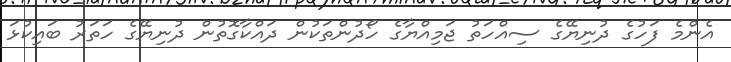
އެންމެ ފަހުގެ ދުނިޔޭގެ ސިއްހަތު ޖަމިއްޔާގެ ހޯދުންތަކުން ދައްކާގޮތުން ދުނިޔޭގެ ހަތަރު ބައިކުޅަ